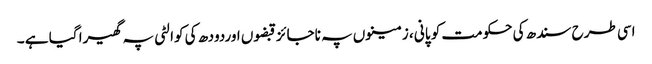
اسی طرح سندھ کی حکومت کو پانی ، زمینوں پہ ناجائز قبضوں اوردودھ کی کوالٹی پہ گھیرا گیا ہے ۔